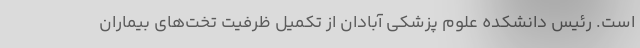
است. رئیس دانشکده علوم پزشکی آبادان از تکمیل ظرفیت تخت‌های بیماران